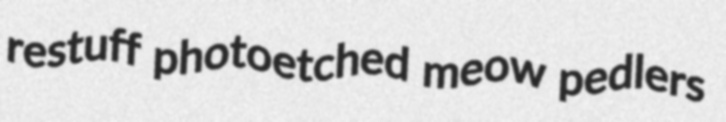
restuff photoetched meow pedlers